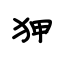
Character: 狎